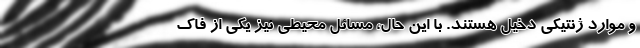
و موارد ژنتیکی دخیل هستند. با این حال، مسائل محیطی نیز یکی از فاک